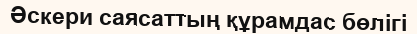
Әскери саясаттың құрамдас бөлігі